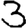
Digit: 3